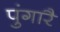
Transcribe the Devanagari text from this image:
पुंगारै